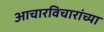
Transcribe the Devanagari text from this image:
आचारविचारांच्या